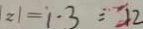
\vert z \vert = i \cdot 3 = 1 2